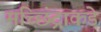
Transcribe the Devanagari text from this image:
मच्छिंद्राकडे